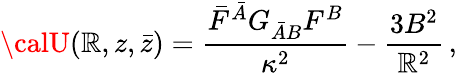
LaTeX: {\calU}(\mathbb{R},z,\bar{{z}})=\frac{{\bar{{F}}^{\bar{{A}}}G_{\bar{{A}}B}F^{B}}}{{\kappa^{2}}}-\frac{{3B^{2}}}{{\mathbb{R}^{2}}}\, ,